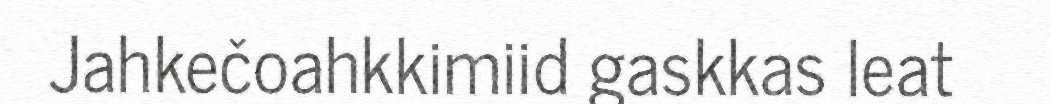
Jahkečoahkkimiid gaskkas leat